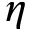
\eta